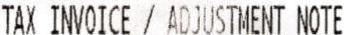
TAX INVOICE / ADJUSTMENT NOTE